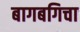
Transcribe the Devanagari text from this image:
बागबगिचा